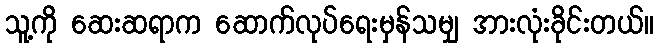
သူ့ကို ဆေးဆရာက ဆောက်လုပ်ရေးမှန်သမျှ အားလုံးခိုင်းတယ်။